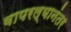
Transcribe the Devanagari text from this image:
वापरल्यानंतर